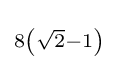
\scriptstyle 8\left({\sqrt {2}}-1\right)